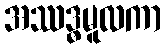
အဿဒ္ဓမူလကာ